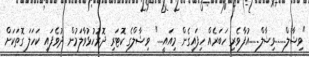
"ވިޝާލް......ވިޝާލް......އުފާވެރި ހަބަރެއް ހިފައިގެން މިއައީ...." ވިޝާލްގެ ކޮޓަރި ދޮރުހުޅުވާލަމުން ދުވެފައި ކަހަލަ ގޮތަކަށް